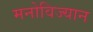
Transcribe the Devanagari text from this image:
मनोविज्यान